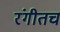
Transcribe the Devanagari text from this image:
रंगीतच